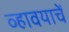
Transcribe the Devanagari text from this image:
व्हावयाचें